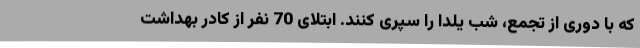
که با دوری از تجمع، شب یلدا را سپری کنند. ابتلای 70 نفر از کادر بهداشت